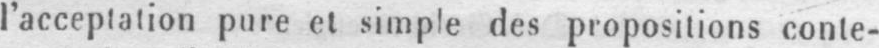
l’acceptation pure et simple des propositions conte-